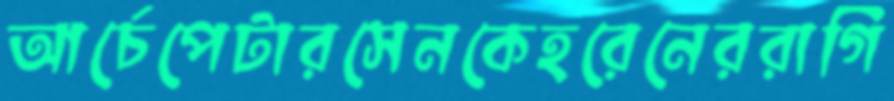
আর্চেপেটারসেনকেহরেনেররাগি